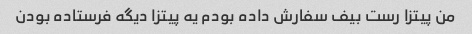
من پیتزا رست بیف سفارش داده بودم یه پیتزا دیگه فرستاده بودن